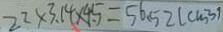
2 2 \times 3 . 1 4 \times 4 . 5 = 5 6 . 5 2 ( c m ^ { 3 } )